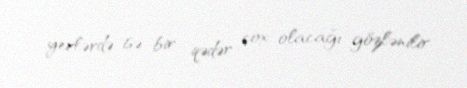
yerlərdə isə bir qədər çox olacağı gözlənilir.